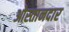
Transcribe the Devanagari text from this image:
ओस्तानदार